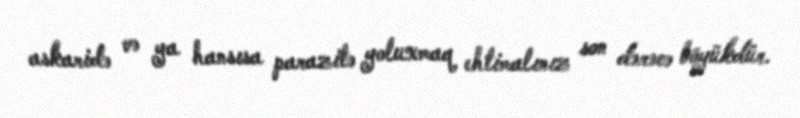
askaridə və ya hansısa parazitə yoluxmaq ehtimalınız son dərəcə böyükdür.